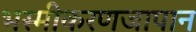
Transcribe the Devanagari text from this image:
भस्मीकरणजापान